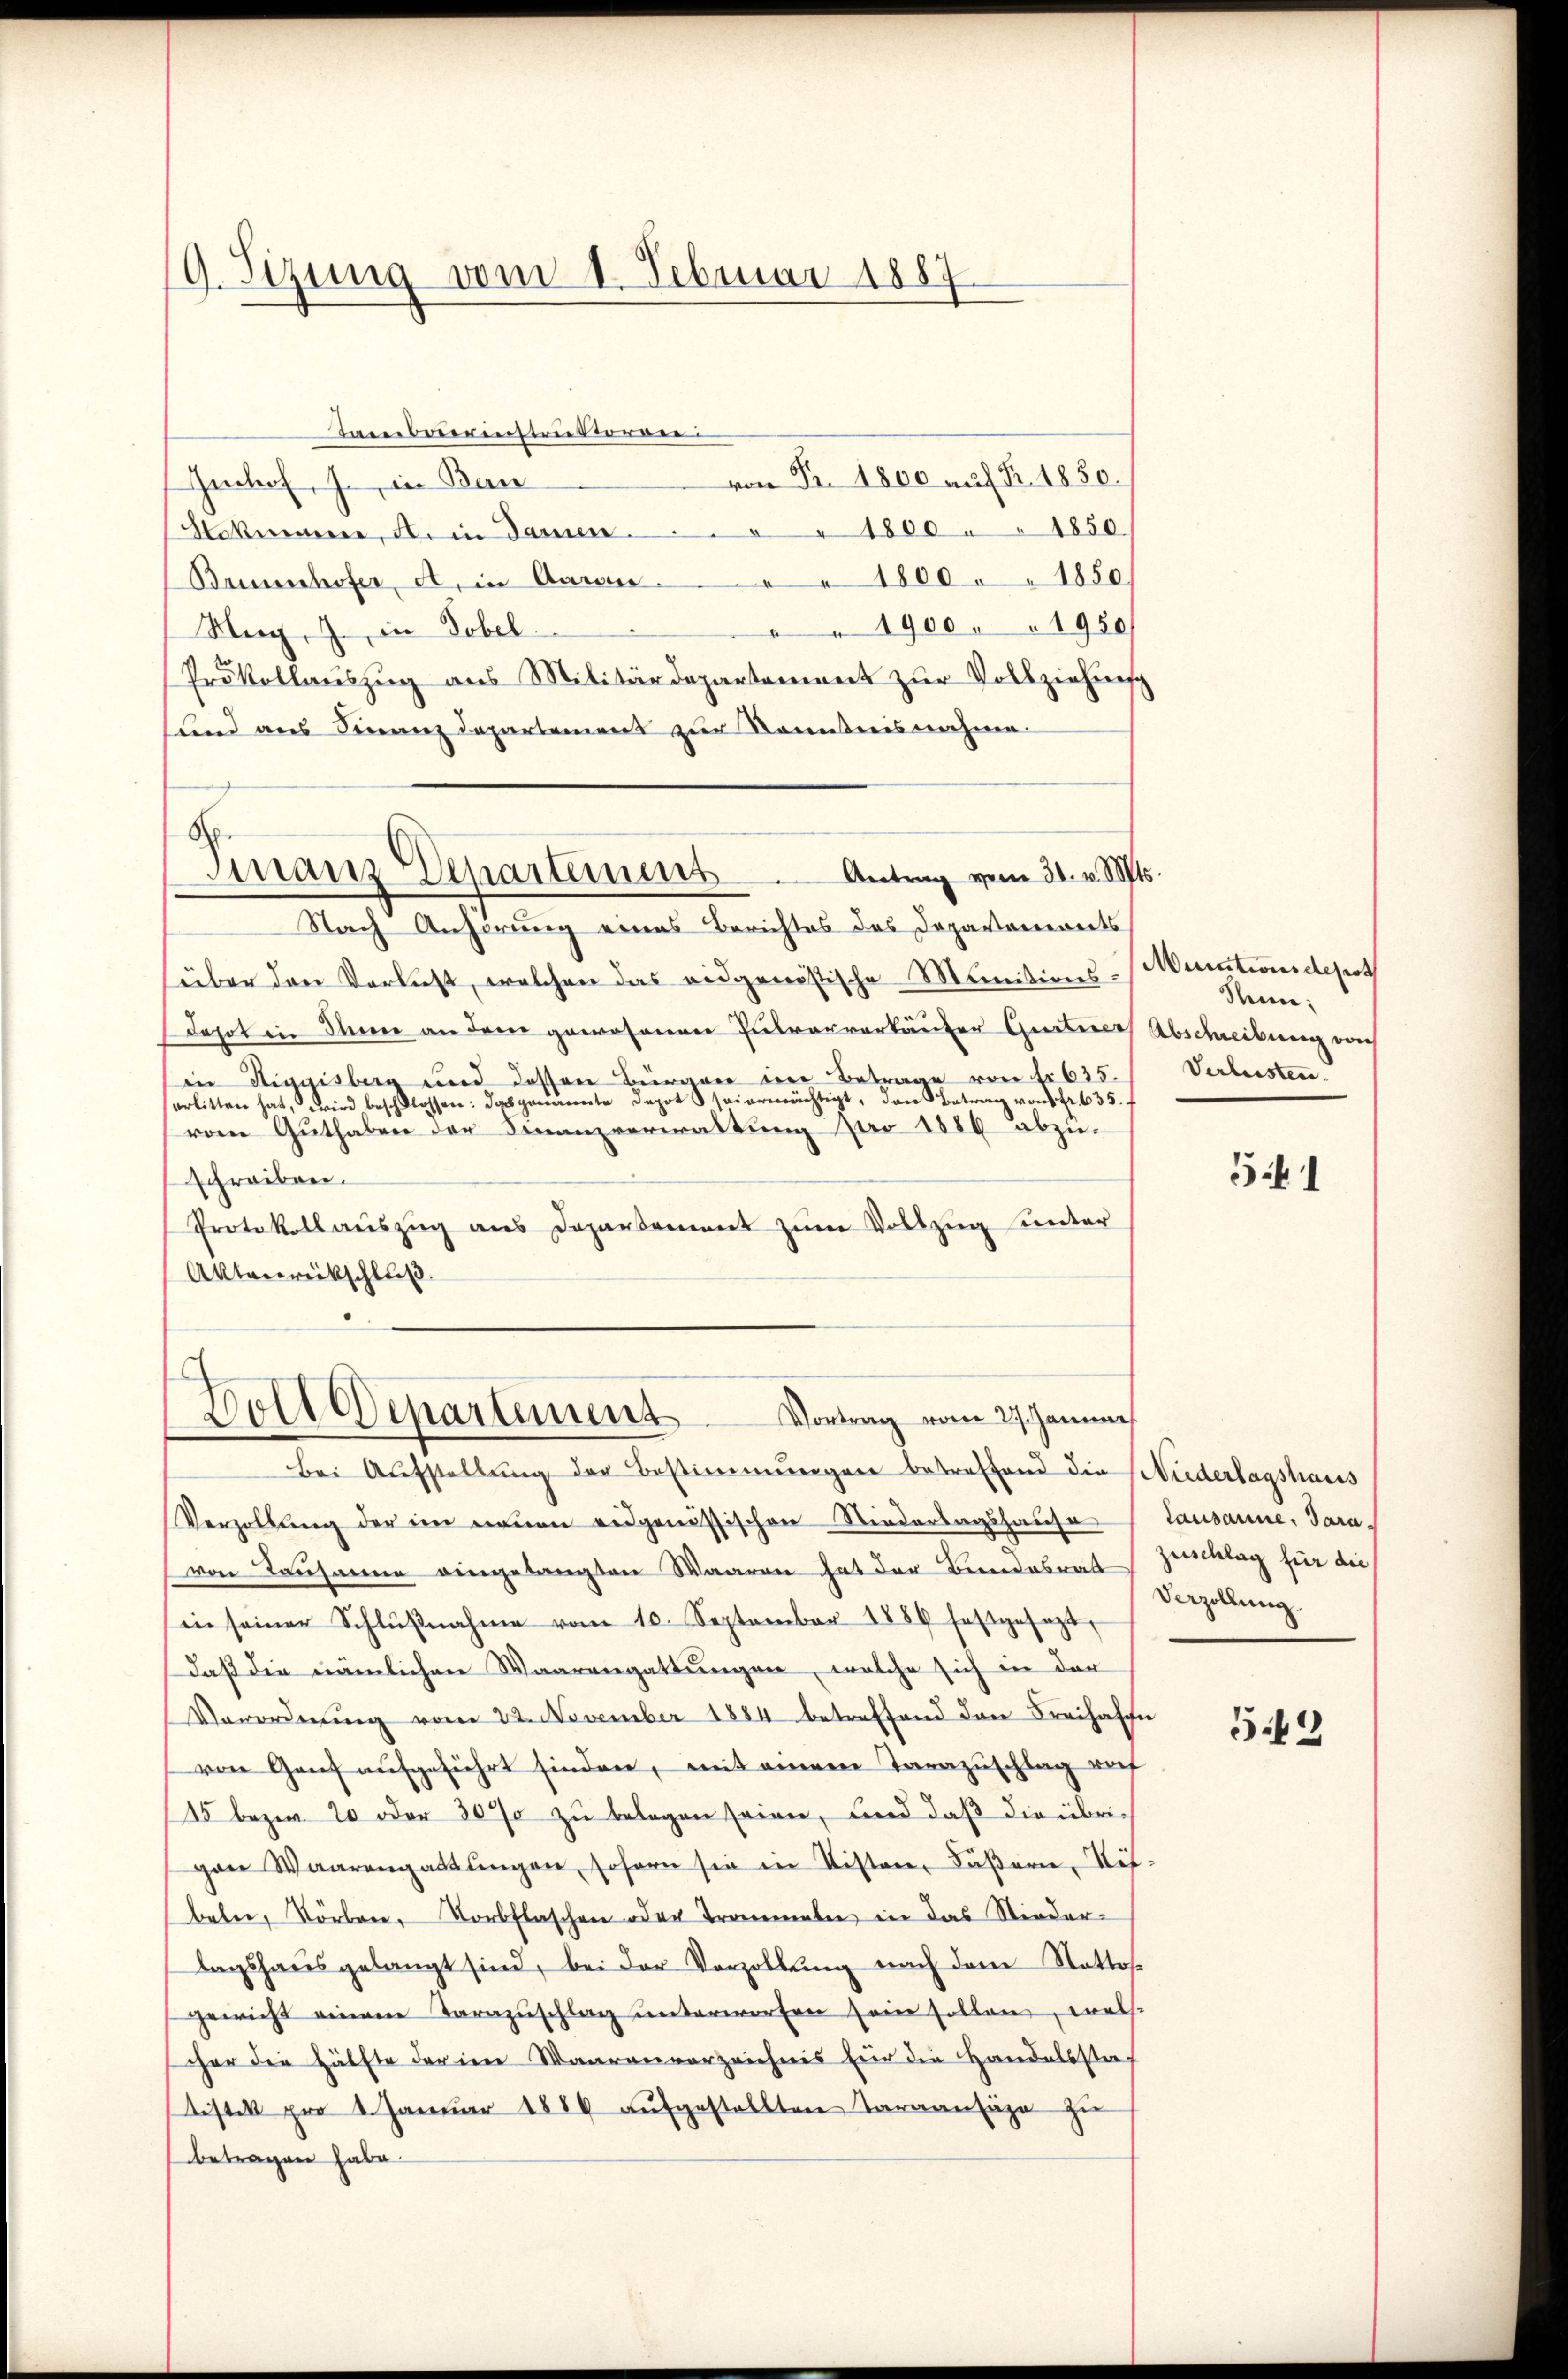
9. Sizung vom 1. Februar 1887

Tambaerinstriektoren
von Fr. 1800 auf Fr. 1850.
Imhof, J. in Ban
akumme, A. in Damen " 1800 " " 1850.
Bannenhofer, A. in Aaran. " " 1800 " " 1850)
1900 " 1950/
Mag, J. in Tobel
Prokollauszug aus Militärdepartement zur Vollziehung
Land aus Hieranz Departement zur Kenntnisnahme
shi
Finanz-Departemens. Antrag vom 31. v. Mts.

Nach Anhörung eines Berichtes des Dopavonereits
über den Verlust, welchen das eidgenössische Munitions-
Jahot in dann an dem gewesenen Pulververkäufer Gurterer
in Stiggisberg und dessen Bürger in Betrage von Nr 635.
serlitten hat, wird beschlossen: das genannte Depot sei ermächtigt, den Betrag von Fr. 635.
vom Guthaben der Finanzverwaltung pro 1886 abzuschreiben.
Protokoll aŭszŭg ans Departement zŭm Vollzug unter
Aktenrückschluß

Dolldepartement
Vortrag vom 27. Jannes

Muntionsdepos
Nune;
Abschreibung von
Verlusten.

Bei Aufstellŭng der Bestimmungen betreffend die Niederlagshaus
Verzöllung der im neuen eidgenössischen Niederlagshause Lausanne, Paravon Lausanne eingelangten Waaren hat der Bundesrat Zuschlag für die
in seiner Schlŭβnahme vom 10. September 1889 festgesezt,
daß die nämlichen Waarengattungen, welche sich in der
Vorordnung vom 22. November 1884 betreffend den Freihaffe
von Genf aufgeführt finden, mit einem Tarazuschlag auf
/15 bezw. 20 oder 30% zu belegen seien, und daß die übrich
gan Waarengattingen, sofern sie in Listen, Fäßern, Mitbeln, Vorben, Vorbflaschen oder Trommeln in das Niedertagshaŭs gelangt sind, bei der Vorzollŭng nach dem Stattos
gewicht einem Tarazŭschlag unterworfen sein sollen, welche
cher die Hälfte der im Waarenverzeichnis für die Handelssta-
tistes pro 1. Janŭar 1889 aŭfgestellten Taraansäge zŭ
betragen habe.

341

Verzöllung.

542